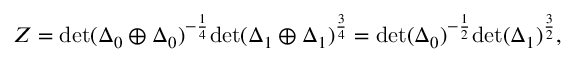
Z = \mathrm { d e t } ( \Delta _ { 0 } \oplus \Delta _ { 0 } ) ^ { - \frac { 1 } { 4 } } \mathrm { d e t } ( \Delta _ { 1 } \oplus \Delta _ { 1 } ) ^ { \frac { 3 } { 4 } } = \mathrm { d e t } ( \Delta _ { 0 } ) ^ { - \frac { 1 } { 2 } } \mathrm { d e t } ( \Delta _ { 1 } ) ^ { \frac { 3 } { 2 } } ,